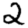
Digit: 2